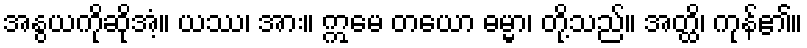
အနွယကိုဆိုအံ့။ ယဿ၊ အား။ ဣမေ တယော ဓမ္မာ၊ တို့သည်။ အတ္ထိ၊ ကုန်၏။